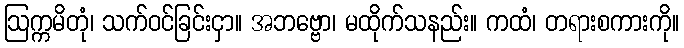
ဩက္ကမိတုံ၊ သက်ဝင်ခြင်းငှာ။ အဘဗ္ဗော၊ မထိုက်သနည်း။ ကထံ၊ တရားစကားကို။